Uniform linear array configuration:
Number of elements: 16
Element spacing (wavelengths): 1
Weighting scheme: cosine
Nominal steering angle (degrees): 60
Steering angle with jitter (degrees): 58.617
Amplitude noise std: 0.05
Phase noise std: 0.05

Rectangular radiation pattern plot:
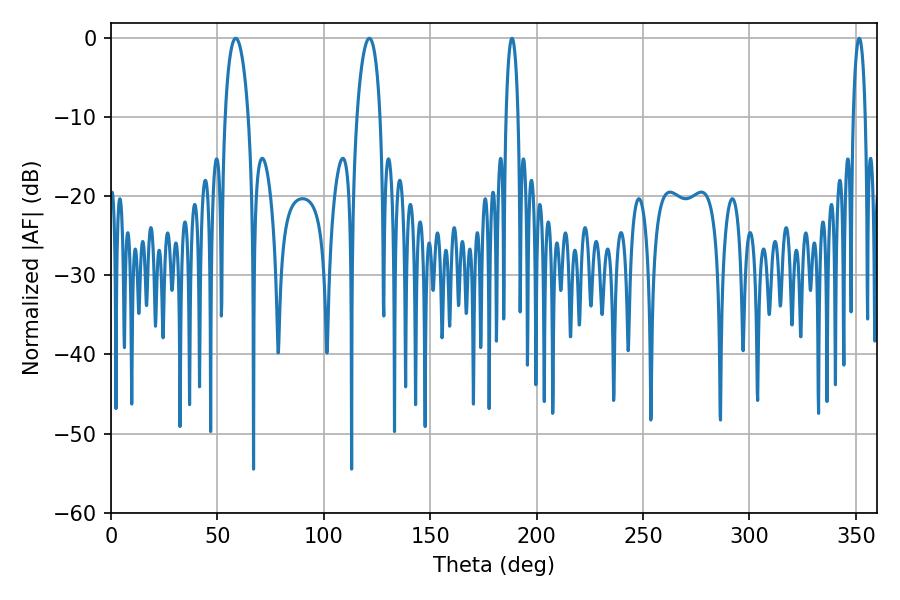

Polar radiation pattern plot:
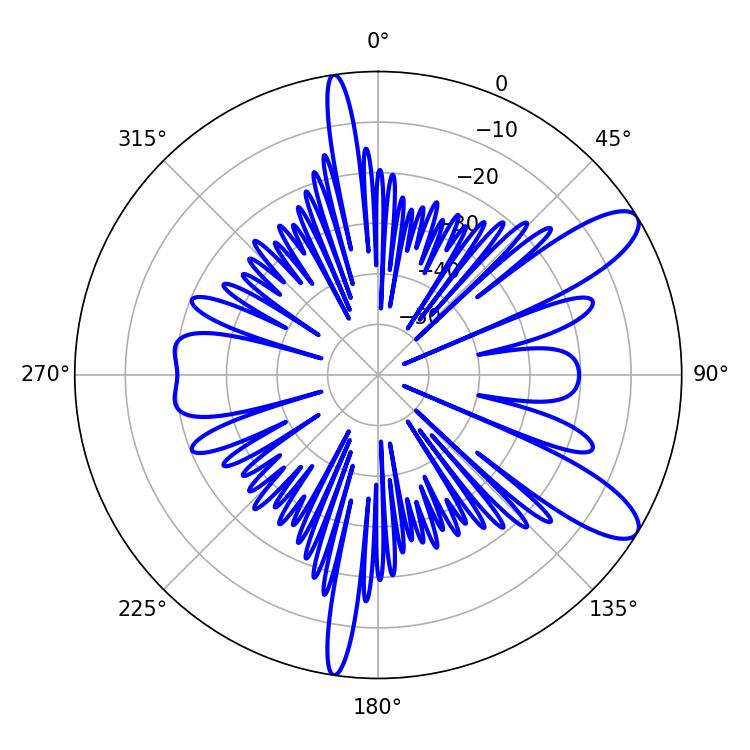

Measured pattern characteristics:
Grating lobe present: TRUE
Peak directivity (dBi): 10.42
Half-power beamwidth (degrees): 6.3
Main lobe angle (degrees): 58.68